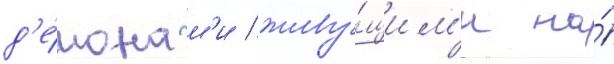
д'е́монам'и / живу́щим'и на́